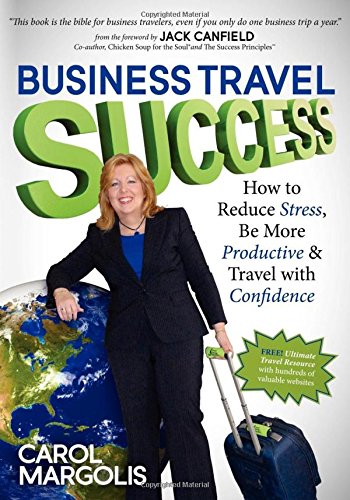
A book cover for Business Travel Success: How to Reduce Stress, Be More Productive and Travel with Confidence; Carol Margolis; Travel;